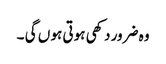
وہ ضرور دکھی ہوتی ہو ں گی ۔